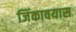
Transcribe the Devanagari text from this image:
जिंकावयास